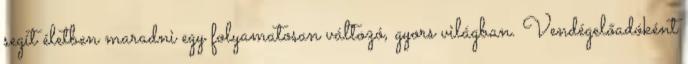
segít életben maradni egy folyamatosan változó, gyors világban. Vendégelőadóként